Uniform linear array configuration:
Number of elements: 4
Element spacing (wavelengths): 0.25
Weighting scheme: blackman
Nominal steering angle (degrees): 45
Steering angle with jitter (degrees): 43.015
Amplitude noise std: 0.05
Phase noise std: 0.05

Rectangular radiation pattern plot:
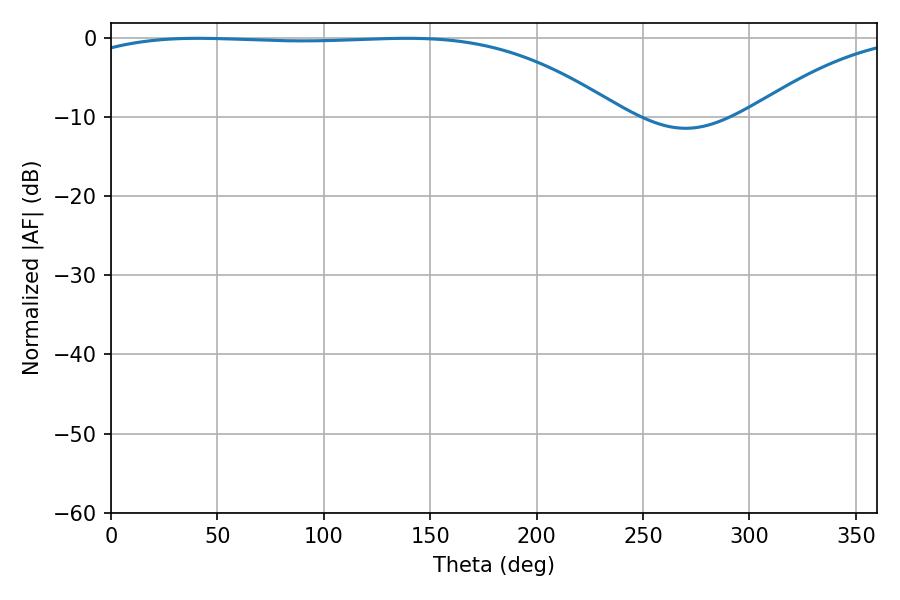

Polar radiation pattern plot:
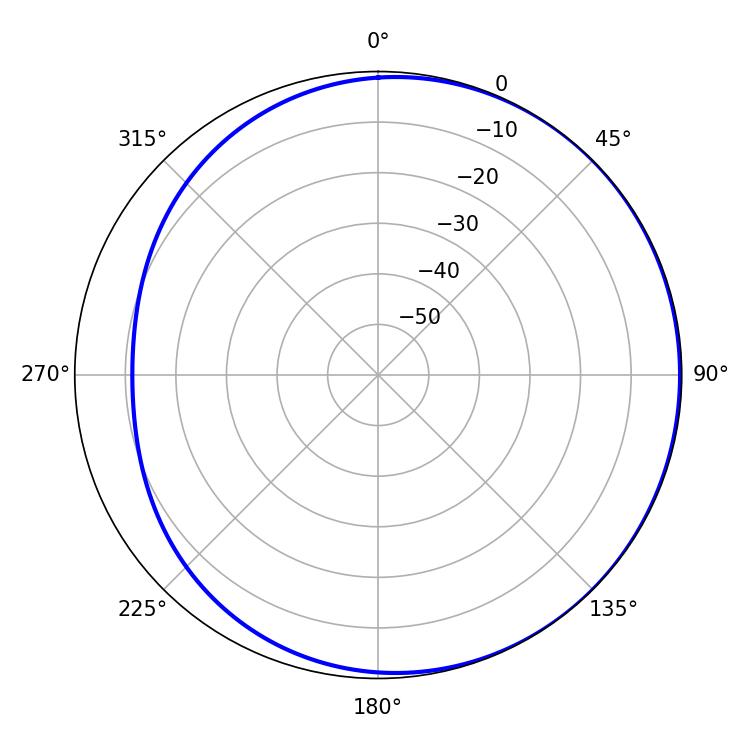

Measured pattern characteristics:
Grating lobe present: FALSE
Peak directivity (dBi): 1.182
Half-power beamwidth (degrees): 200.16
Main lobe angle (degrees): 40.86